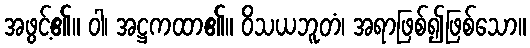
အဖွင့်၏။ ဝါ၊ အဋ္ဌကထာ၏။ ဝိသယဘူတံ၊ အရာဖြစ်၍ဖြစ်သော။